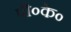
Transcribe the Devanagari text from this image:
पी०के०